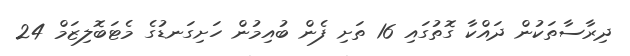
ދިރާސާތަކުން ދައްކާ ގޮތުގައި 16 ތަށި ފެން ބުއިމުން ހަށިގަނޑުގެ މެޓަބޮލިޒަމް 24